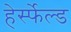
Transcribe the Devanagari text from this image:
हेर्स्फेल्ड